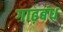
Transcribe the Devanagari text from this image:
गाढ़बंध